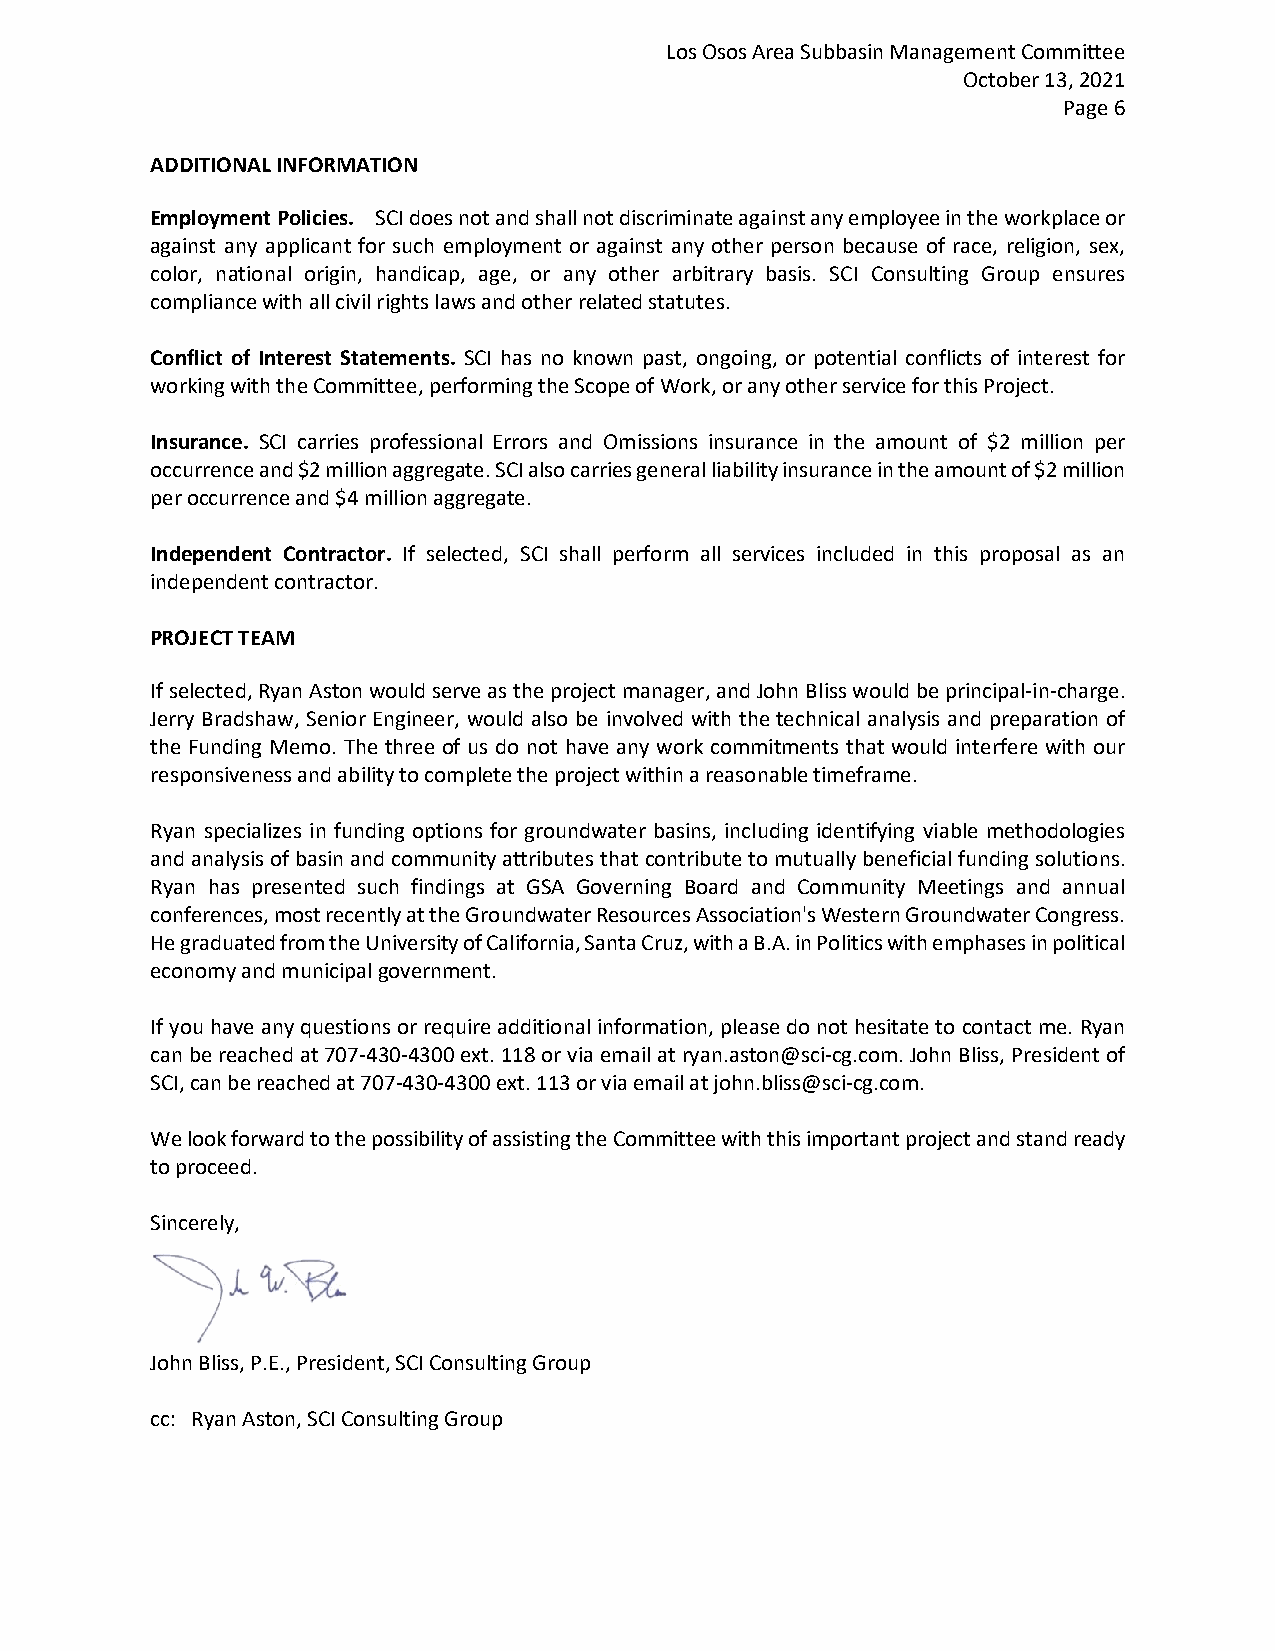
Los Osos Area Subbasin Management Committee
 October 13, 2021
 Page 6
 ADDITIONAL INFORMATION
 Employment Policies. SCI does not and shall not discriminate against any employee in the workplace or
 against any applicant for such employment or against any other person because of race, religion, sex,
 color, national origin, handicap, age, or any other arbitrary basis. SCI Consulting Group ensures
 compliance with all civil rights laws and other related statutes.
 Conflict of Interest Statements. SCI has no known past, ongoing, or potential conflicts of interest for
 working with the Committee, performing the Scope of Work, or any other service for this Project.
 Insurance. SCI carries professional Errors and Omissions insurance in the amount of $2 million per
 occurrence and $2 million aggregate. SCI also carries general liability insurance in the amount of $2 million
 per occurrence and $4 million aggregate.
 Independent Contractor. If selected, SCI shall perform all services included in this proposal as an
 independent contractor.
 PROJECT TEAM
 If selected, Ryan Aston would serve as the project manager, and John Bliss would be principal-in-charge.
 Jerry Bradshaw, Senior Engineer, would also be involved with the technical analysis and preparation of
 the Funding Memo. The three of us do not have any work commitments that would interfere with our
 responsiveness and ability to complete the project within a reasonable timeframe.
 Ryan specializes in funding options for groundwater basins, including identifying viable methodologies
 and analysis of basin and community attributes that contribute to mutually beneficial funding solutions.
 Ryan has presented such findings at GSA Governing Board and Community Meetings and annual
 conferences, most recently at the Groundwater Resources Association's Western Groundwater Congress.
 He graduated from the University of California, Santa Cruz, with a B.A. in Politics with emphases in political
 economy and municipal government.
 If you have any questions or require additional information, please do not hesitate to contact me. Ryan
 can be reached at 707-430-4300 ext. 118 or via email at ryan.aston@sci-cg.com. John Bliss, President of
 SCI, can be reached at 707-430-4300 ext. 113 or via email at john.bliss@sci-cg.com.
 We look forward to the possibility of assisting the Committee with this important project and stand ready
 to proceed.
 Sincerely,
 John Bliss, P.E., President, SCI Consulting Group
 cc: Ryan Aston, SCI Consulting Group